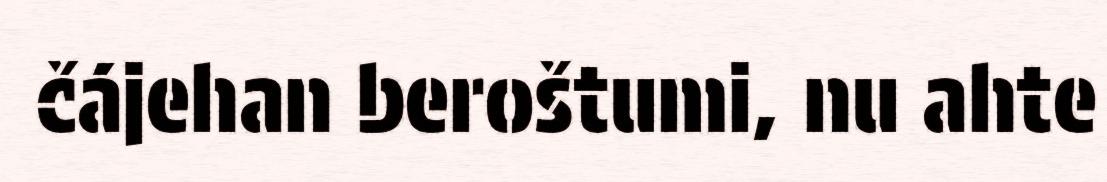
čájehan beroštumi, nu ahte